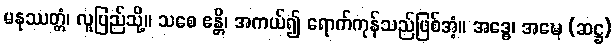
မနုဿတ္တံ၊ လူပြည်သို့။ သစေ ဧန္တိ၊ အကယ်၍ ရောက်ကုန်သည်ဖြစ်အံ့။ အဒ္ဓေ၊ အဍ္ဎေ (ဆဋ္ဌ)